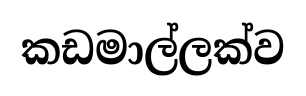
කඩමාල්ලක්ව